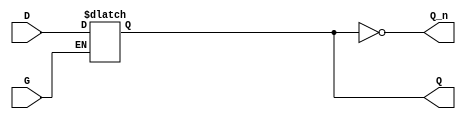
module gated_latch (
    input wire D,      // Data input
    input wire G,      // Gate / Enable signal
    output reg Q,      // Output
    output wire Q_n    // Complement of output
);

// Complement of the output Q
assign Q_n = ~Q;

// Always block to implement the latch behavior
always @(*) begin
    if (G) begin
        Q = D;  // When G is high, Q follows D
    end
    // When G is low, Q retains its previous value (hold state)
end

endmodule